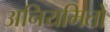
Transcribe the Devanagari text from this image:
अनियमितों